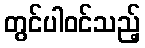
တွင်ပါဝင်သည့်